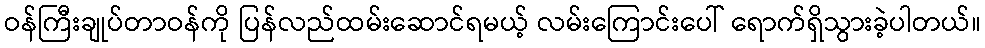
ဝန်ကြီးချုပ်တာဝန်ကို ပြန်လည်ထမ်းဆောင်ရမယ့် လမ်းကြောင်းပေါ် ရောက်ရှိသွားခဲ့ပါတယ်။